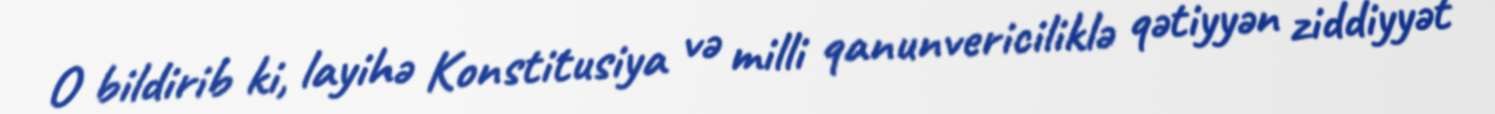
O bildirib ki, layihə Konstitusiya və milli qanunvericiliklə qətiyyən ziddiyyət